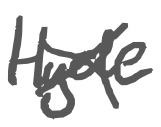
Text: Hyde
Cross-out: cross
Writing tool: digital_gray